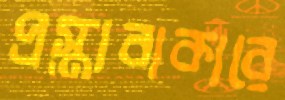
প্রস্তাবাকারে